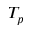
T _ { p }